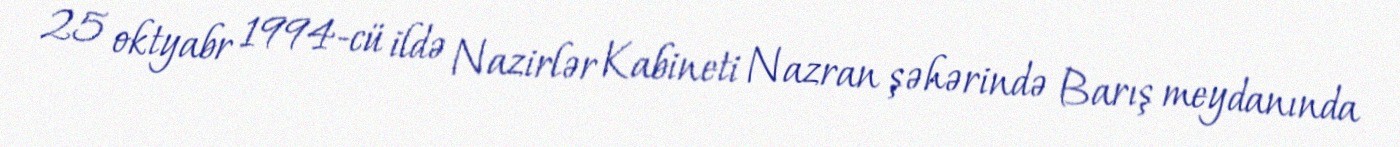
25 oktyabr 1994-cü ildə Nazirlər Kabineti Nazran şəhərində Barış meydanında